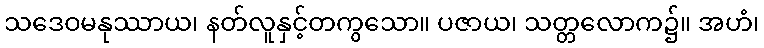
သဒေဝမနုဿာယ၊ နတ်လူနှင့်တကွသော။ ပဇာယ၊ သတ္တလောက၌။ အဟံ၊